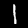
Digit: 1